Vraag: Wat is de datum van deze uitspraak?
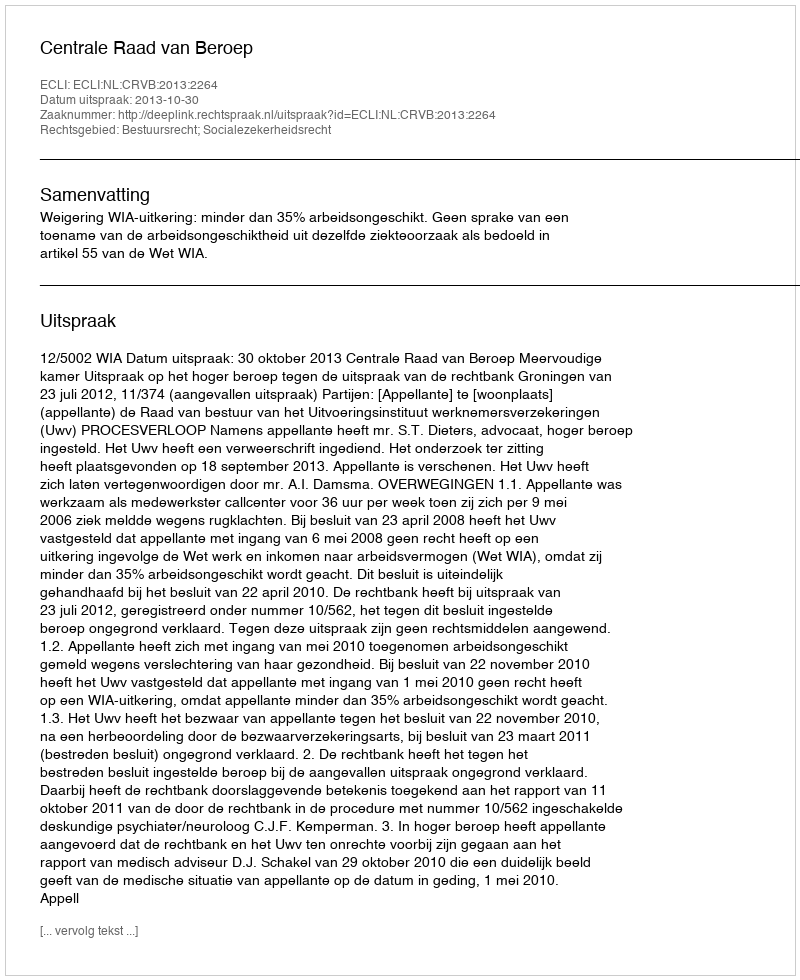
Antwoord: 2013-10-30